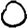
Digit: 0